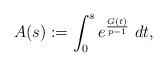
LaTeX: \begin{align*}A(s):=\int_0^s e^{\frac{G(t)}{p-1}} \ dt,\end{align*}